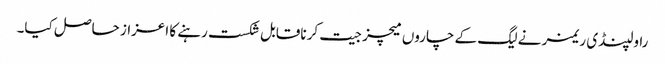
راولپنڈی ریمز نے لیگ کے چاروں میچز جیت کر ناقابل شکست رہنے کا اعزاز حاصل کیا۔